Document type: Sale
Year: 1499
Scribe: Joan Martínez de Sòria
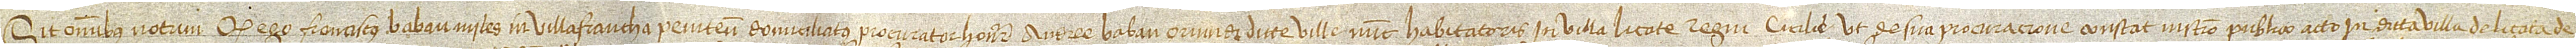
Sit omnibus notum quod ego Franciscus Babau, miles in Villafrancha Penitensis domiciliatus, procurator honorabilis Andree Babau, oriundi dicte ville, nunc habitatoris in villa Licate, regni Cicilie, ut de sua procuracione constat instrumento publico acto in dicta villa de Licata de-